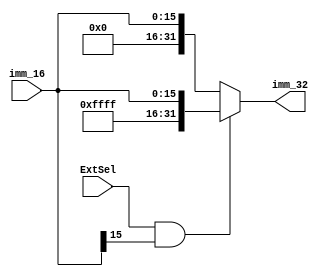
`timescale 1ns / 1ps
//////////////////////////////////////////////////////////////////////////////////
// Company:
// Engineer:
//
// Design Name:
// Module Name: Extend
// Project Name:
// Target Devices:
// Tool Versions:
// Description:
//
// Dependencies:
//
// Revision:
// Revision 0.01 - File Created
// Additional Comments:
//
//////////////////////////////////////////////////////////////////////////////////

// finished

module Extend(
    input ExtSel,
    input [15:0] imm_16,
    output [31:0] imm_32
    );
    assign imm_32 = (ExtSel && imm_16[15] == 1) ? {16'hffff, imm_16} : {16'h0000, imm_16};
endmodule